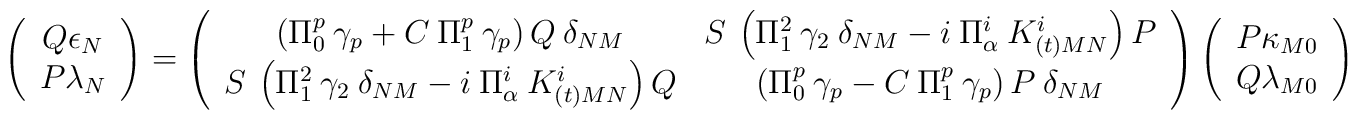
\left( \begin{array}{c}Q\epsilon _{N}\\P\lambda _{N}\end{array}\right) =\left( \begin{array}{cc}\left( \Pi ^{p}_{0}\: \gamma _{p}+C\: \Pi ^{p}_{1}\: \gamma _{p}\right) Q\: \delta _{NM} & S\: \left( \Pi ^{2}_{1}\: \gamma _{2}\: \delta _{NM}-i\: \Pi ^{i}_{\alpha }\: K^{i}_{(t)MN}\right) P\\S\: \left( \Pi ^{2}_{1}\: \gamma _{2}\: \delta _{NM}-i\: \Pi ^{i}_{\alpha }\: K^{i}_{(t)MN}\right) Q & \left( \Pi ^{p}_{0}\: \gamma _{p}-C\: \Pi ^{p}_{1}\: \gamma _{p}\right) P\: \delta _{NM}\end{array}\right) \left( \begin{array}{c}P\kappa _{M0}\\Q\lambda _{M0}\end{array}\right)